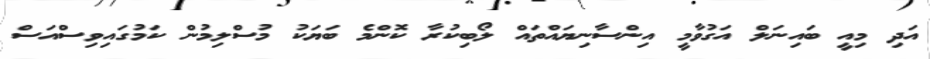
އަދި މިއީ ބައިނަލް އަގުވާމީ އިންސާނިޔައްތައް ލޯބިކުރާ ކޮންމެ ބަޔަކު މުސްލިމުން ކަމުގައިވިސްއަސް